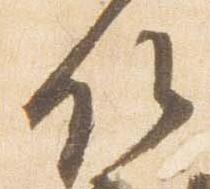
候